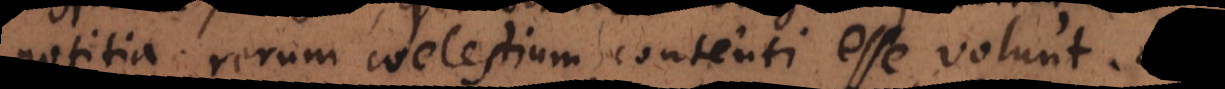
notitia rerum coelestium contenti esse volunt. Me